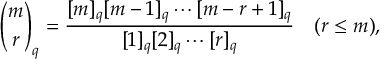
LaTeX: { \binom { m } { r } } _ { q } = { \frac { [ m ] _ { q } [ m - 1 ] _ { q } \cdots [ m - r + 1 ] _ { q } } { [ 1 ] _ { q } [ 2 ] _ { q } \cdots [ r ] _ { q } } } \quad ( r \leq m ) ,